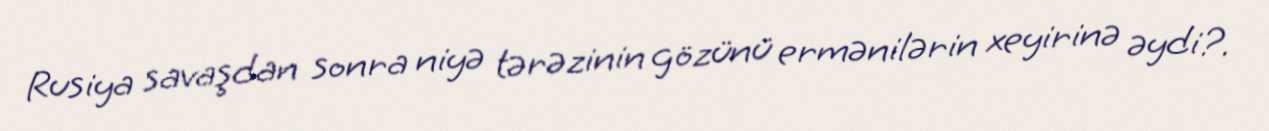
Rusiya savaşdan sonra niyə tərəzinin gözünü ermənilərin xeyirinə əydi?.